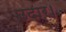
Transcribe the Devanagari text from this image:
उदार।